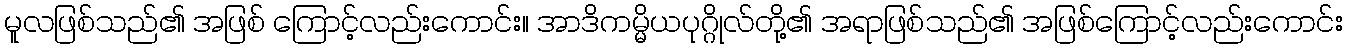
မူလဖြစ်သည်၏ အဖြစ် ကြောင့်လည်းကောင်း။ အာဒိကမ္မိယပုဂ္ဂိုလ်တို့၏ အရာဖြစ်သည်၏ အဖြစ်ကြောင့်လည်းကောင်း